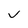
Character: v